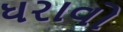
ધરાવો